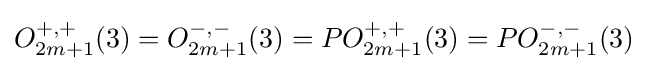
O_{2m+1}^{+,+}(3)=O_{2m+1}^{-,-}(3)=PO_{2m+1}^{+,+}(3)=PO_{2m+1}^{-,-}(3)